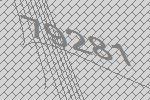
79281